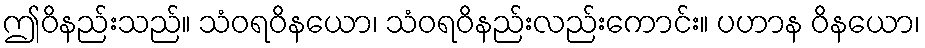
ဤဝိနည်းသည်။ သံဝရဝိနယော၊ သံဝရဝိနည်းလည်းကောင်း။ ပဟာန ဝိနယော၊